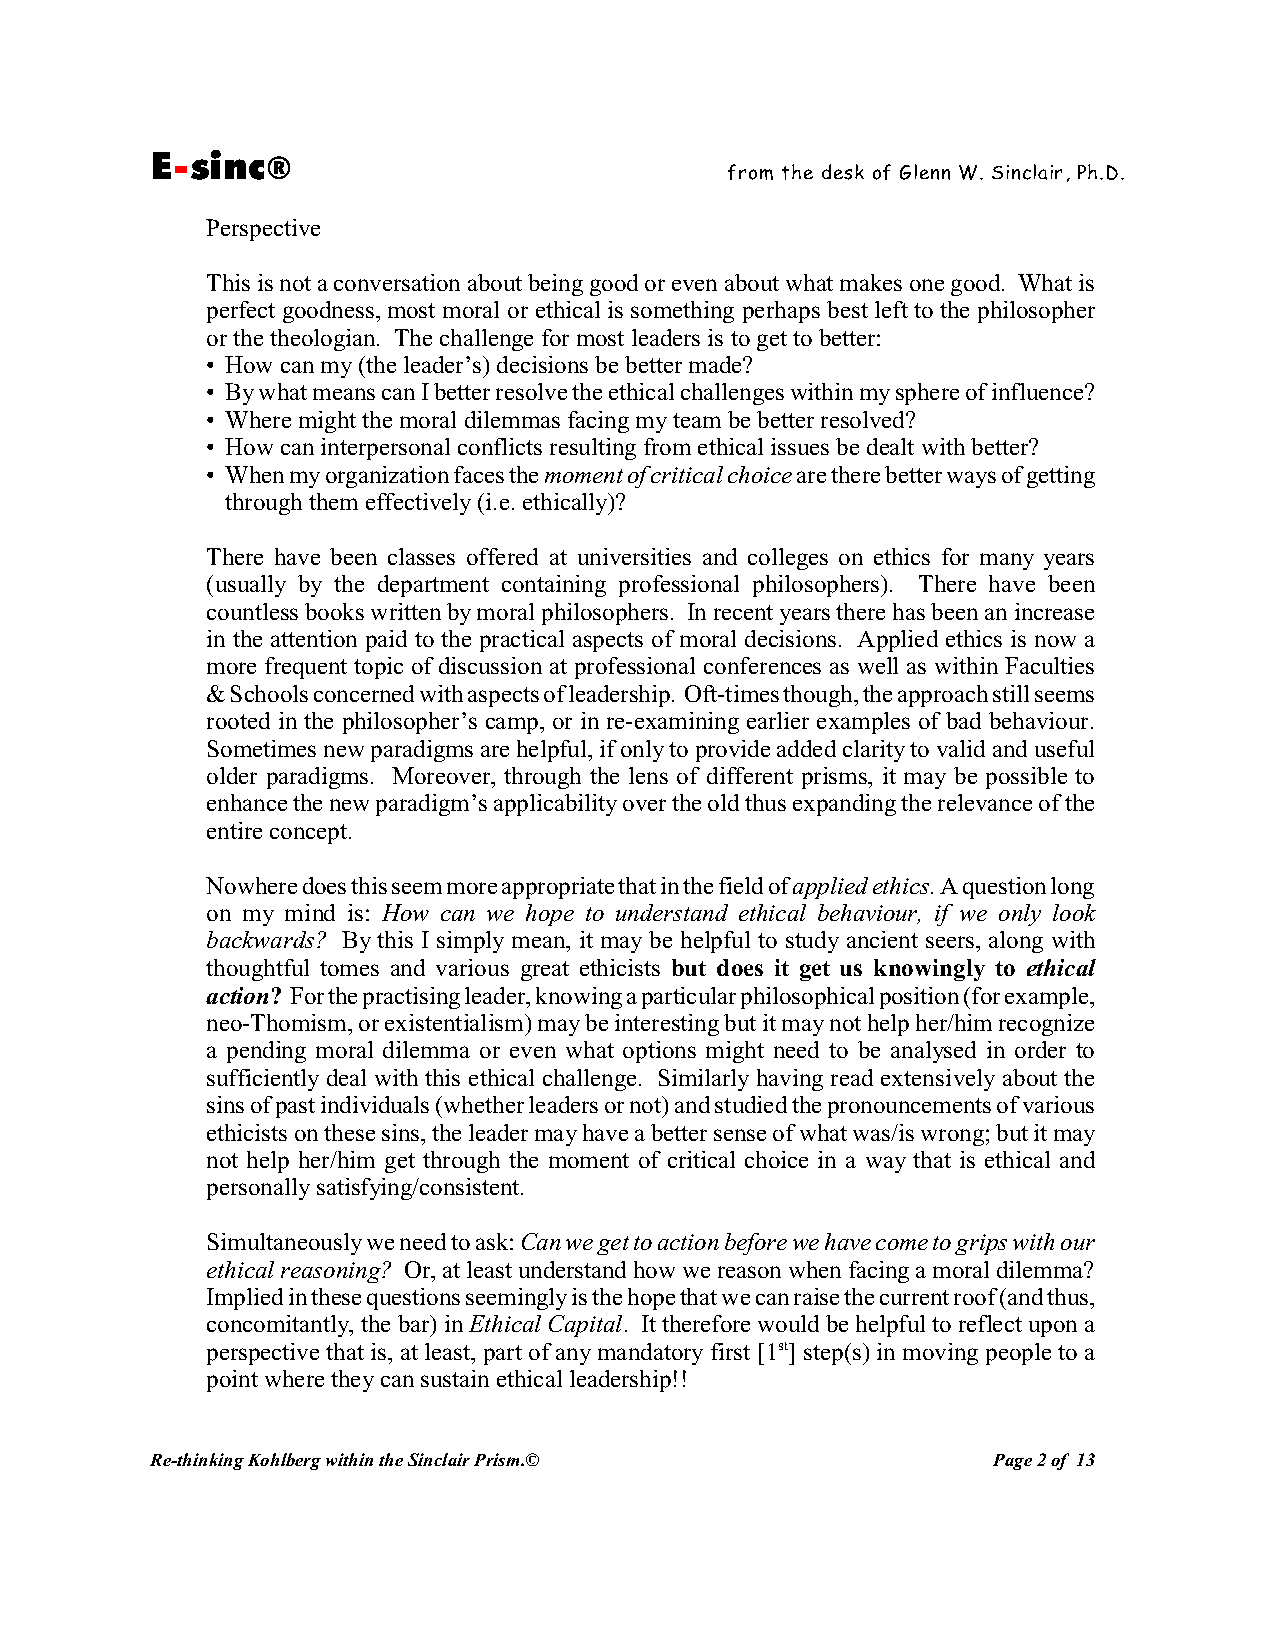
E-sinc®
 from the desk of Glenn W. Sinclair, Ph.D.
 Perspective
 This is not a conversation about being good or even about what makes one good. What is
 perfect goodness, most moral or ethical is something perhaps best left to the philosopher
 or the theologian. The challenge for most leaders is to get to better:
 • How can my (the leader’s) decisions be better made?
 • By what means can I better resolve the ethical challenges within my sphere of influence?
 • Where might the moral dilemmas facing my team be better resolved?
 • How can interpersonal conflicts resulting from ethical issues be dealt with better?
 • When my organization faces the moment of critical choice are there better ways of getting
 through them effectively (i.e. ethically)?
 There have been classes offered at universities and colleges on ethics for many years
 (usually by the department containing professional philosophers). There have been
 countless books written by moral philosophers. In recent years there has been an increase
 in the attention paid to the practical aspects of moral decisions. Applied ethics is now a
 more frequent topic of discussion at professional conferences as well as within Faculties
 & Schools concerned with aspects of leadership. Oft-times though, the approach still seems
 rooted in the philosopher’s camp, or in re-examining earlier examples of bad behaviour.
 Sometimes new paradigms are helpful, if only to provide added clarity to valid and useful
 older paradigms. Moreover, through the lens of different prisms, it may be possible to
 enhance the new paradigm’s applicability over the old thus expanding the relevance of the
 entire concept.
 Nowhere does this seem more appropriate that in the field of applied ethics. A question long
 on my mind is: How can we hope to understand ethical behaviour, if we only look
 backwards? By this I simply mean, it may be helpful to study ancient seers, along with
 thoughtful tomes and various great ethicists but does it get us knowingly to ethical
 action? For the practising leader, knowing a particular philosophical position (for example,
 neo-Thomism, or existentialism) may be interesting but it may not help her/him recognize
 a pending moral dilemma or even what options might need to be analysed in order to
 sufficiently deal with this ethical challenge. Similarly having read extensively about the
 sins of past individuals (whether leaders or not) and studied the pronouncements of various
 ethicists on these sins, the leader may have a better sense of what was/is wrong; but it may
 not help her/him get through the moment of critical choice in a way that is ethical and
 personally satisfying/consistent.
 Simultaneously we need to ask: Can we get to action before we have come to grips with our
 ethical reasoning? Or, at least understand how we reason when facing a moral dilemma?
 Implied in these questions seemingly is the hope that we can raise the current roof (and thus,
 concomitantly, the bar) in Ethical Capital. It therefore would be helpful to reflect upon a
 perspective that is, at least, part of any mandatory first [1st] step(s) in moving people to a
 point where they can sustain ethical leadership!!
 Re-thinking Kohlberg within the Sinclair Prism.©        Page 2 of 13